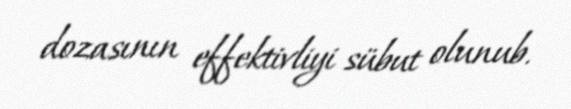
dozasının effektivliyi sübut olunub.